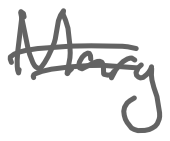
Text: Mary
Cross-out: double-line
Writing tool: digital_gray